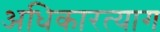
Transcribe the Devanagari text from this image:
अधिकारत्याग